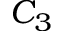
C _ { 3 }